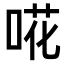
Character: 𠵅